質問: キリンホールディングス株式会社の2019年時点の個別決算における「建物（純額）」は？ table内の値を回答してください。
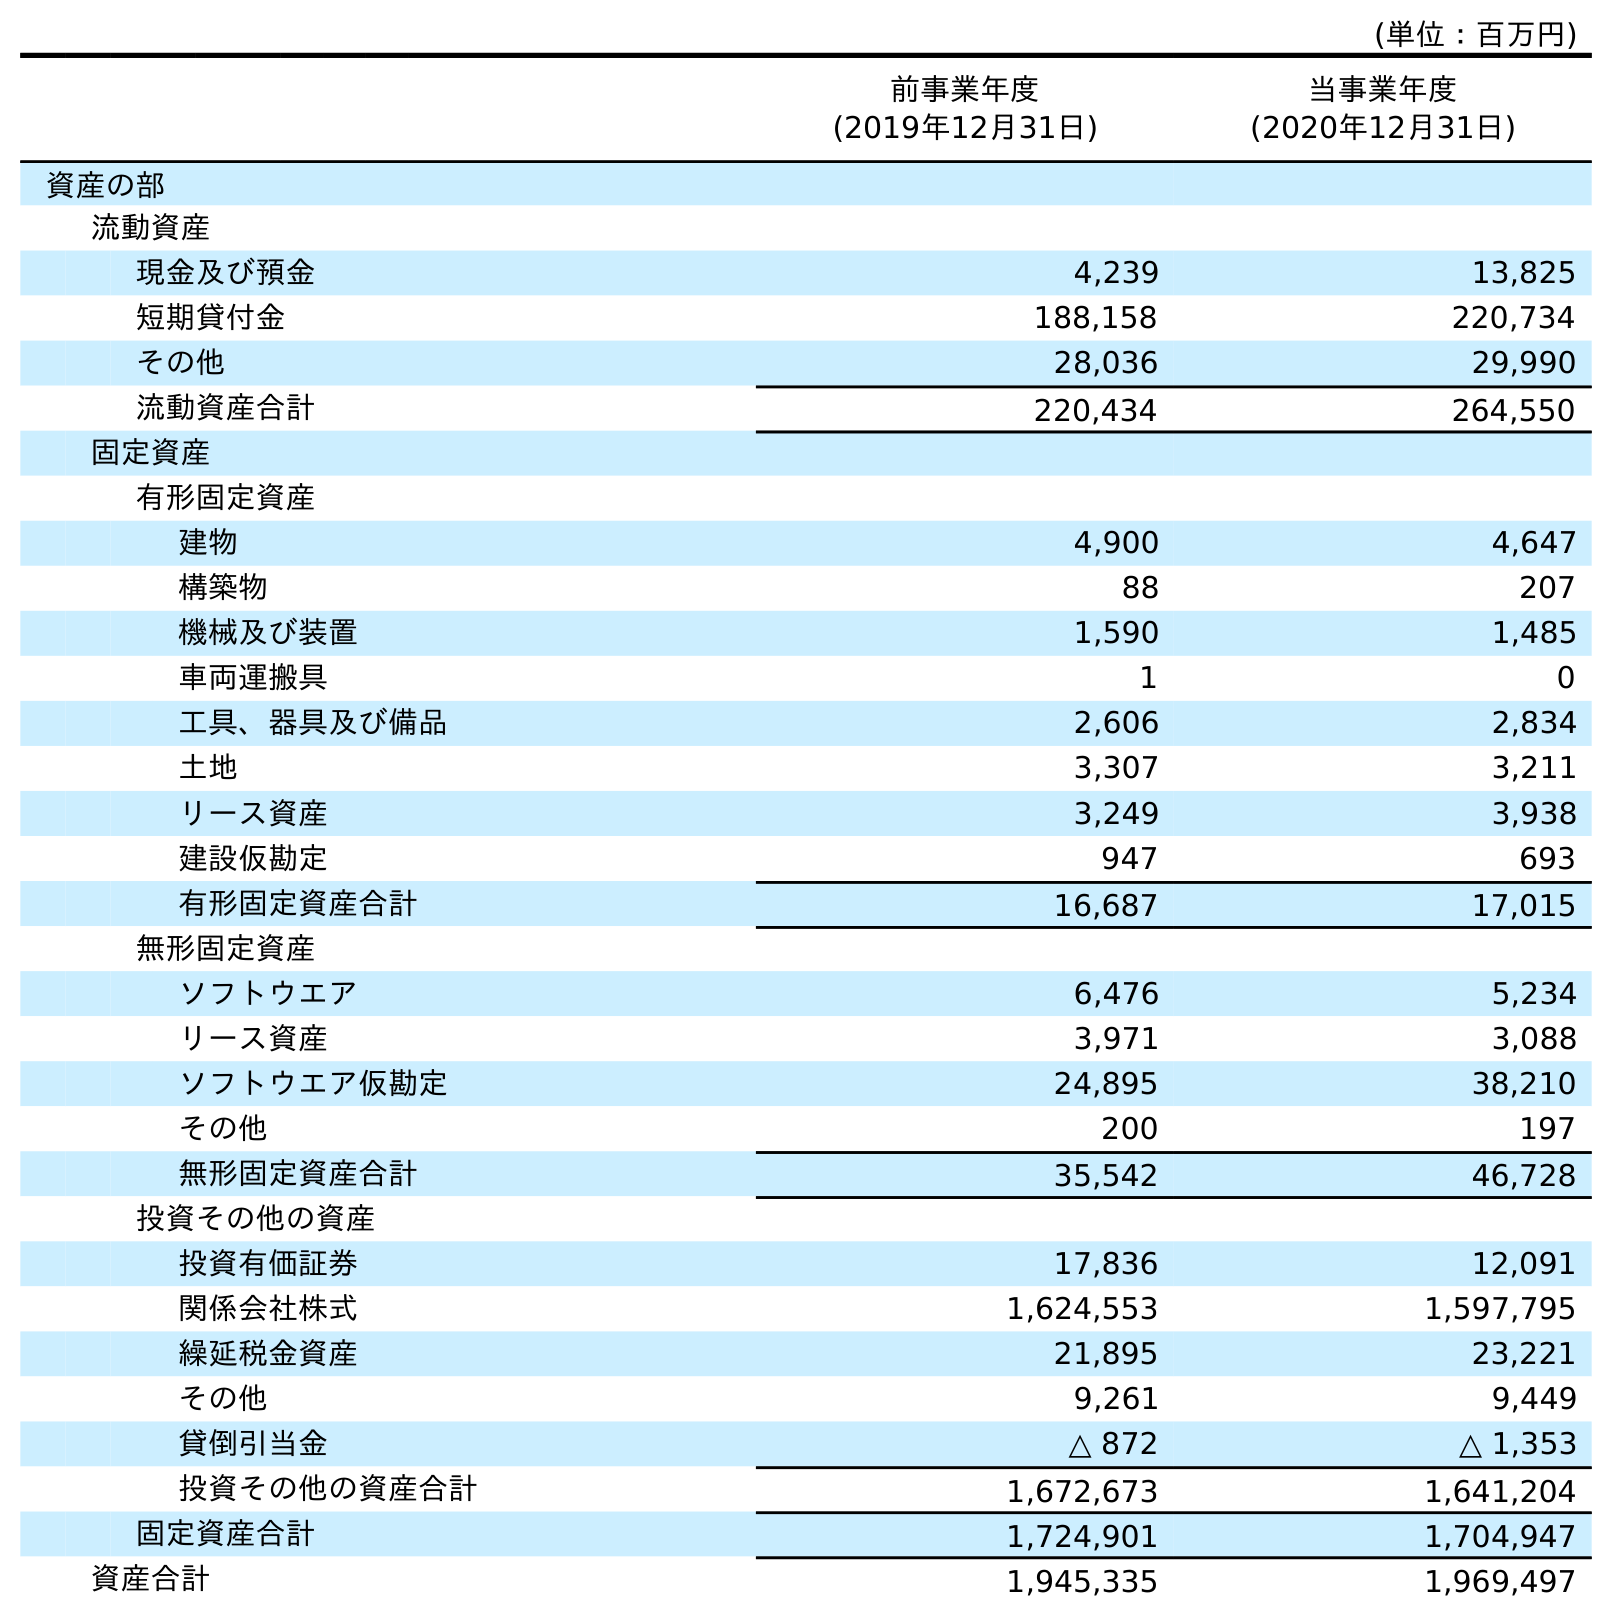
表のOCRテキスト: (単位：百万円) 前事業年度 (2019年12月31日) 当事業年度 (2020年12月31日) 資産の部 流動資産 現金及び預金 4,239 13,825 短期貸付金 188,158 220,734 その他 28,036 29,990 流動資産合計 220,434 264,550 固定資産 有形固定資産 建物 4,900 4,647 構築物 88 207 機械及び装置 1,590 1,485 車両運搬具 1 0 工具、器具及び備品 2,606 2,834 土地 3,307 3,211 リース資産 3,249 3,938 建設仮勘定 947 693 有形固定資産合計 16,687 17,015 無形固定資産 ソフトウエア 6,476 5,234 リース資産 3,971 3,088 ソフトウエア仮勘定 24,895 38,210 その他 200 197 無形固定資産合計 35,542 46,728 投資その他の資産 投資有価証券 17,836 12,091 関係会社株式 1,624,553 1,597,795 繰延税金資産 21,895 23,221 その他 9,261 9,449 貸倒引当金 △ 872 △ 1,353 投資その他の資産合計 1,672,673 1,641,204 固定資産合計 1,724,901 1,704,947 資産合計 1,945,335 1,969,497
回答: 4,900